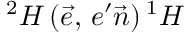
^ 2 H \, ( \vec { e } , \, e ^ { \prime } \vec { n } ) \, ^ { 1 } H